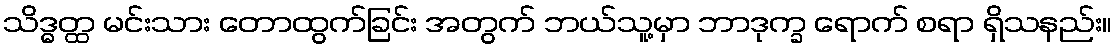
သိဒ္ဓတ္ထ မင်းသား တောထွက်ခြင်း အတွက် ဘယ်သူ့မှာ ဘာဒုက္ခ ရောက် စရာ ရှိသနည်း။